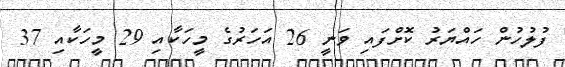
ފުލުހުން ހައްޔަރު ކޮށްފައި ވަނީ 26 އަހަރުގެ މީހަކާއި 29 މީހަކާއި 37